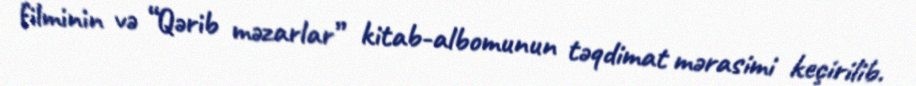
filminin və “Qərib məzarlar” kitab-albomunun təqdimat mərasimi keçirilib.